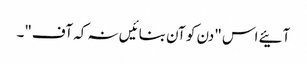
آئیے اس "دن کو آن بنائیں نہ کہ آف"۔